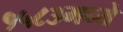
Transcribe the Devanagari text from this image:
१५८३मध्ये